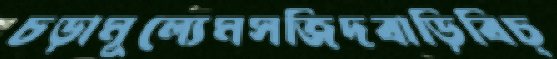
চড়ামূল্যেমসজিদবাড়িবিচ্